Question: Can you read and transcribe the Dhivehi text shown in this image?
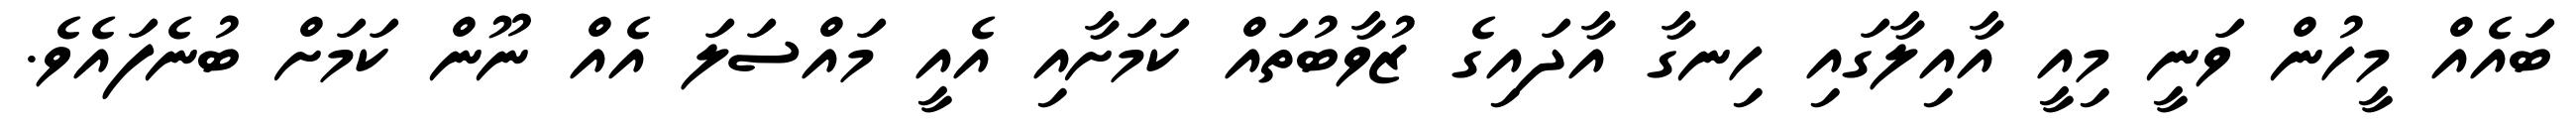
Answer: ބައެއް މީހުން ވަނީ މިއީ އާއިލާގައި ހިނގާ އާދައިގެ ޒުވާބުތައް ކަމަށާއި އެއީ މައްސަލަ އެއް ނޫން ކަމަށް ބުނެފައެވެ.